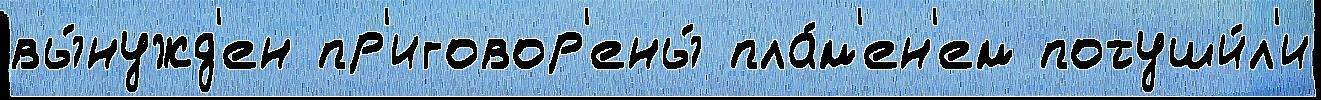
вы́нужд'ен пр'иговор'ены́ пла́м'ен'ем потуши́л'и